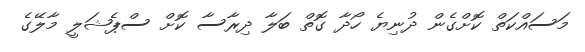
މަސައްކަތް ކޮށްގެން ދުނިޔެ ހޯދާ ގޮތް ބަލާ ދިރާސާ ކޮށް ސްޕެޝަލީ މާލޭގެ